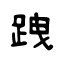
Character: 跩